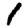
Digit: 1